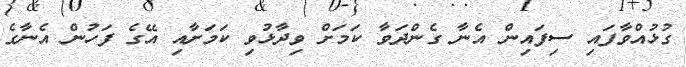
ގުޅުއްވާފައި ސިފައިން އެނާ ގެންދަވާ ކަމަށް ވިދާޅުވި ކަމަށާއި އޭގެ ފަހުން އެނާގެ